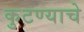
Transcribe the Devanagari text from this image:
कुटण्याचे